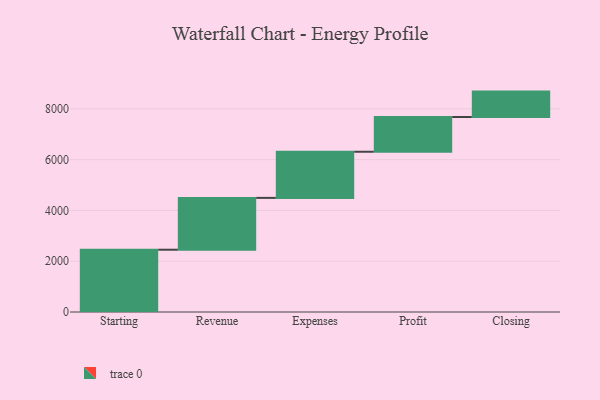
{"axis": {"x": "Step", "y": "Value"}, "legend": [""], "data": [{"x": "Starting", "y": 2453.0, "type": ""}, {"x": "Revenue", "y": 2042.0, "type": ""}, {"x": "Expenses", "y": 1817.0, "type": ""}, {"x": "Profit", "y": 1369.0, "type": ""}, {"x": "Closing", "y": 1000, "type": ""}]}